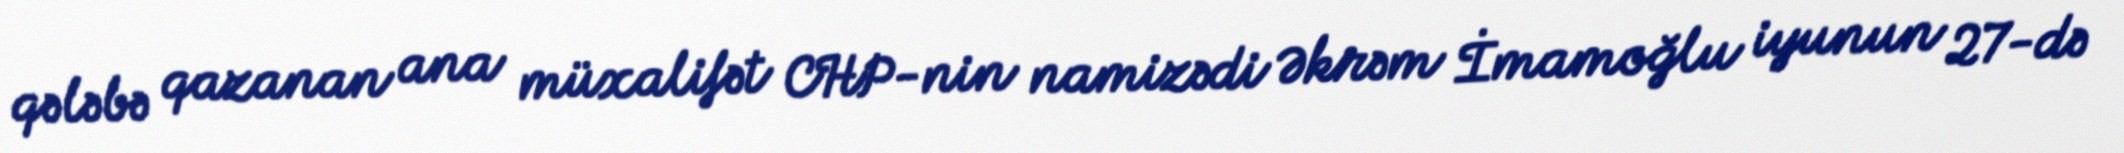
qələbə qazanan ana müxalifət CHP-nin namizədi Əkrəm İmamoğlu iyunun 27-də